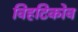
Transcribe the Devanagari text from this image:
विहटिकोव